画像に写った文字を読んでください
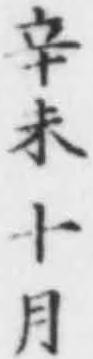
「辛未十月」と書いてあります